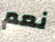
نعم